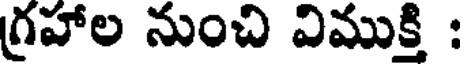
గ్రహాల నుంచి విముక్తి :